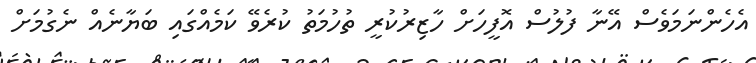
އެހެންނަމަވެސް އޭނާ ފުލުސް އޮފީހަށް ހާޒިރުކުރީ ތުހުމަތު ކުރެވޭ ކަމެއްގައި ބަޔާނެއް ނެގުމަށް